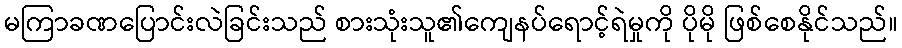
မကြာခဏပြောင်းလဲခြင်းသည် စားသုံးသူ၏ကျေနပ်ရောင့်ရဲမှုကို ပိုမို ဖြစ်စေနိုင်သည်။